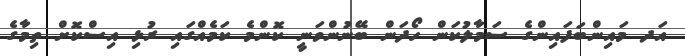
އަދ މައިންބަފައިންގެ ސަމާލުކަން ހޯދަން ބޭނުންވަނީ ކޮންމެ ކަމެއްގައި ރުޅި އިސްކޮށް ތިމާގެ